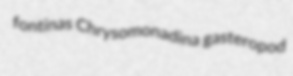
fontinas Chrysomonadina gasteropod